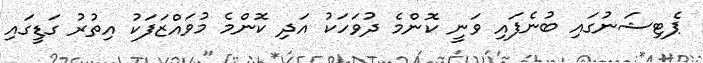
ޕެޓިޝަނުގައި ބުނެފައި ވަނީ ކޮންމެ ދުވަހަކު އަދި ކޮންމެ މުވައްޒަފަކު އިތުރު ގަޑީގައި